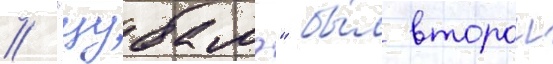
// "цубамэ" бы́л второи